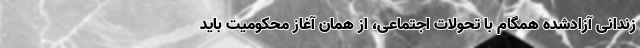
زندانی آزادشده همگام با تحولات اجتماعی، از همان آغاز محکومیت باید